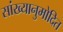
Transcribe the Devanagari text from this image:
सांख्यानुमोदित